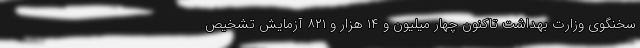
سخنگوی وزارت بهداشت تاکنون چهار میلیون و ۱۴ هزار و ۸۲۱ آزمایش تشخیص